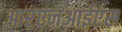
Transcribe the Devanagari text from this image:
आरएनआईएस